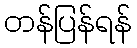
တန်ပြန်ရန်